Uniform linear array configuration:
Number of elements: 64
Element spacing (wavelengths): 0.25
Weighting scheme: blackman
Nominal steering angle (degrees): -30
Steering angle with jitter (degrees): -29.611
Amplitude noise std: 0.05
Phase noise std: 0.05

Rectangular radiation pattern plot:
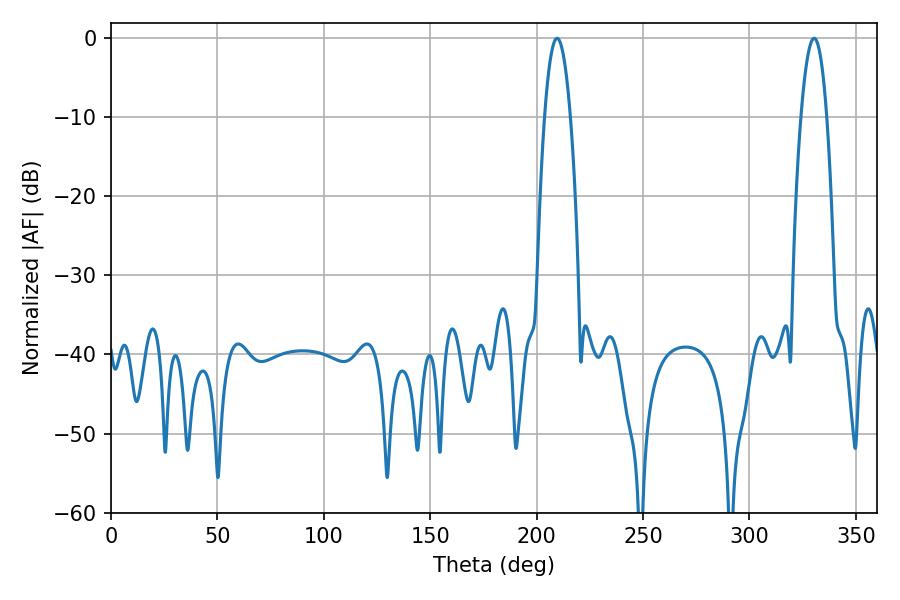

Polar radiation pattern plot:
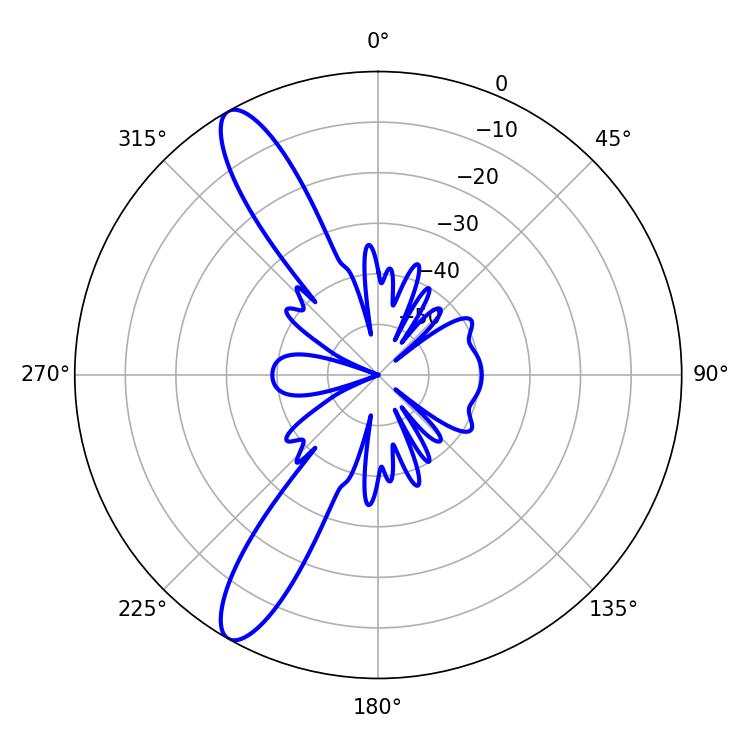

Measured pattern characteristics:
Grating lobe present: FALSE
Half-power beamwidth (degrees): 6.66
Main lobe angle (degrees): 209.52